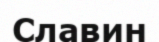
Славин